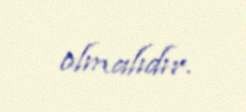
olmalıdır.